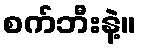
စက်ဘီးနဲ့။